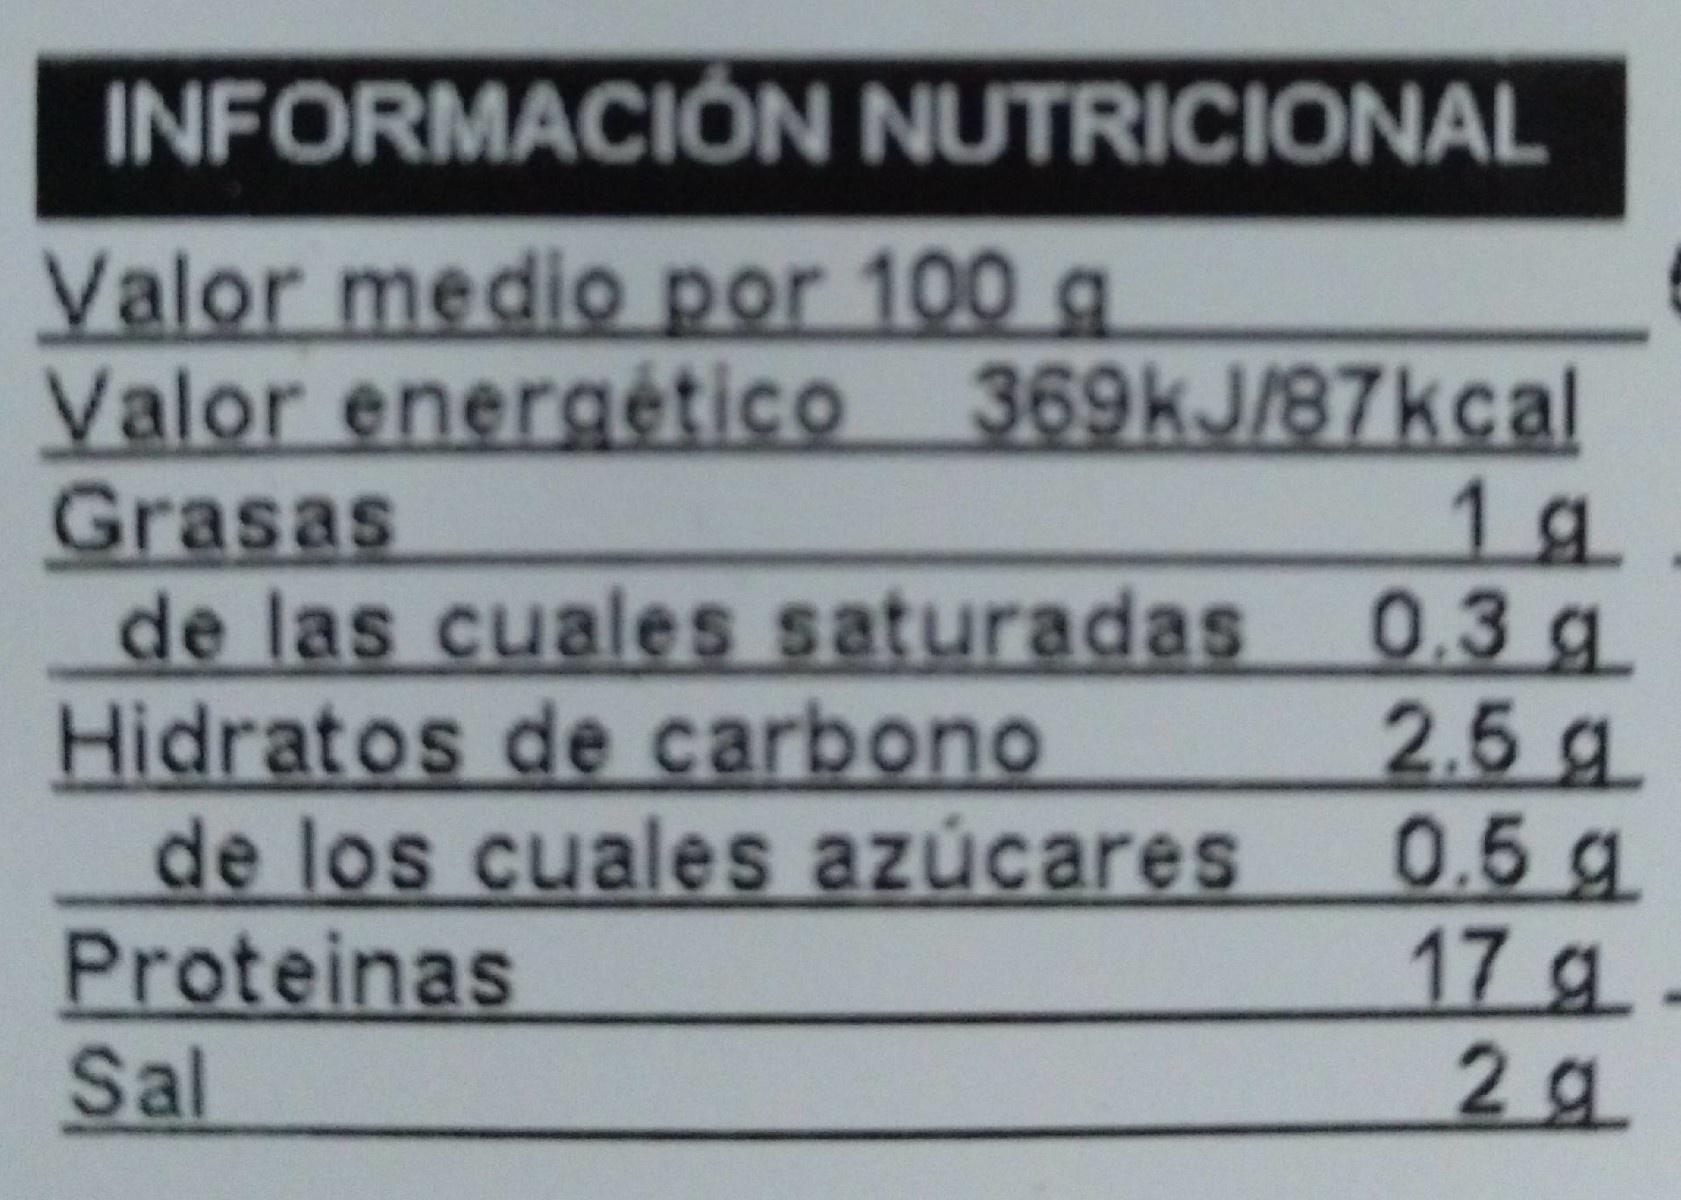
INFORMACIÓN NUTRICIONAL
Valor medio por 100 g Valor energético 369KJ/87kcal Grasas de las cuales saturadas Hidratos de carbono de los cuales azúcares Proteinas Sal
1g 0.3g 2.5 g 0.5 я 17 g 2g